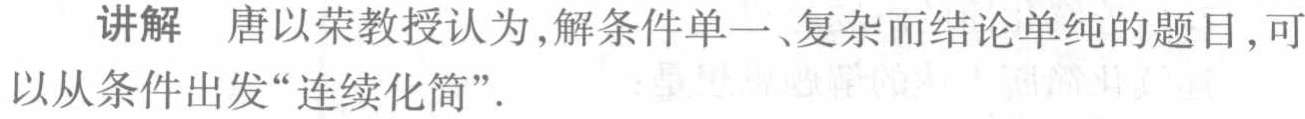
讲解 唐以荣教授认为,解条件单一、复杂而结论单纯的题目,可以从条件出发“连续化简”.